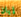
إيان